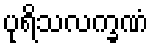
ပုရိသလက္ခဏံ